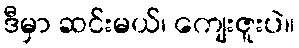
ဒီမှာ ဆင်းမယ်၊ ကျေးဇူးပဲ။